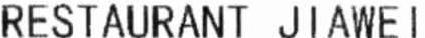
RESTAURANT JIAWEI